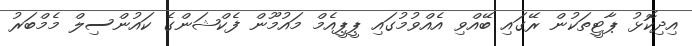
އިދިކޮޅު ޕާޓީތަކުން ރޭގައި ބޭއްވި އެއްވުމުގައި ޕީޕީއެމް މައުމޫން ފެކްޝަންގެ ކައުންސިލް މެމްބަރު